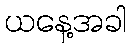
ယနေ့အခါ